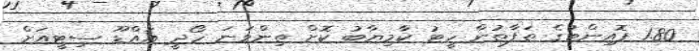
1.80 ޕޮއިންޓުގެ ތަފާތުން ހީޓު ކާމިޔާބު ކޮށް ތިންވަނަ ހޯދީ އައްޑޫ ސިޓީއަށް